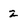
Character: 2